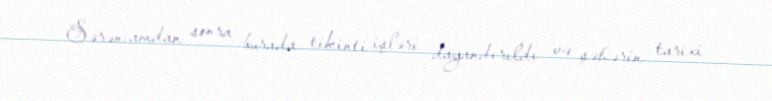
Sərəncamdan sonra burada tikinti işləri dayandırıldı və şəhərin tarixi